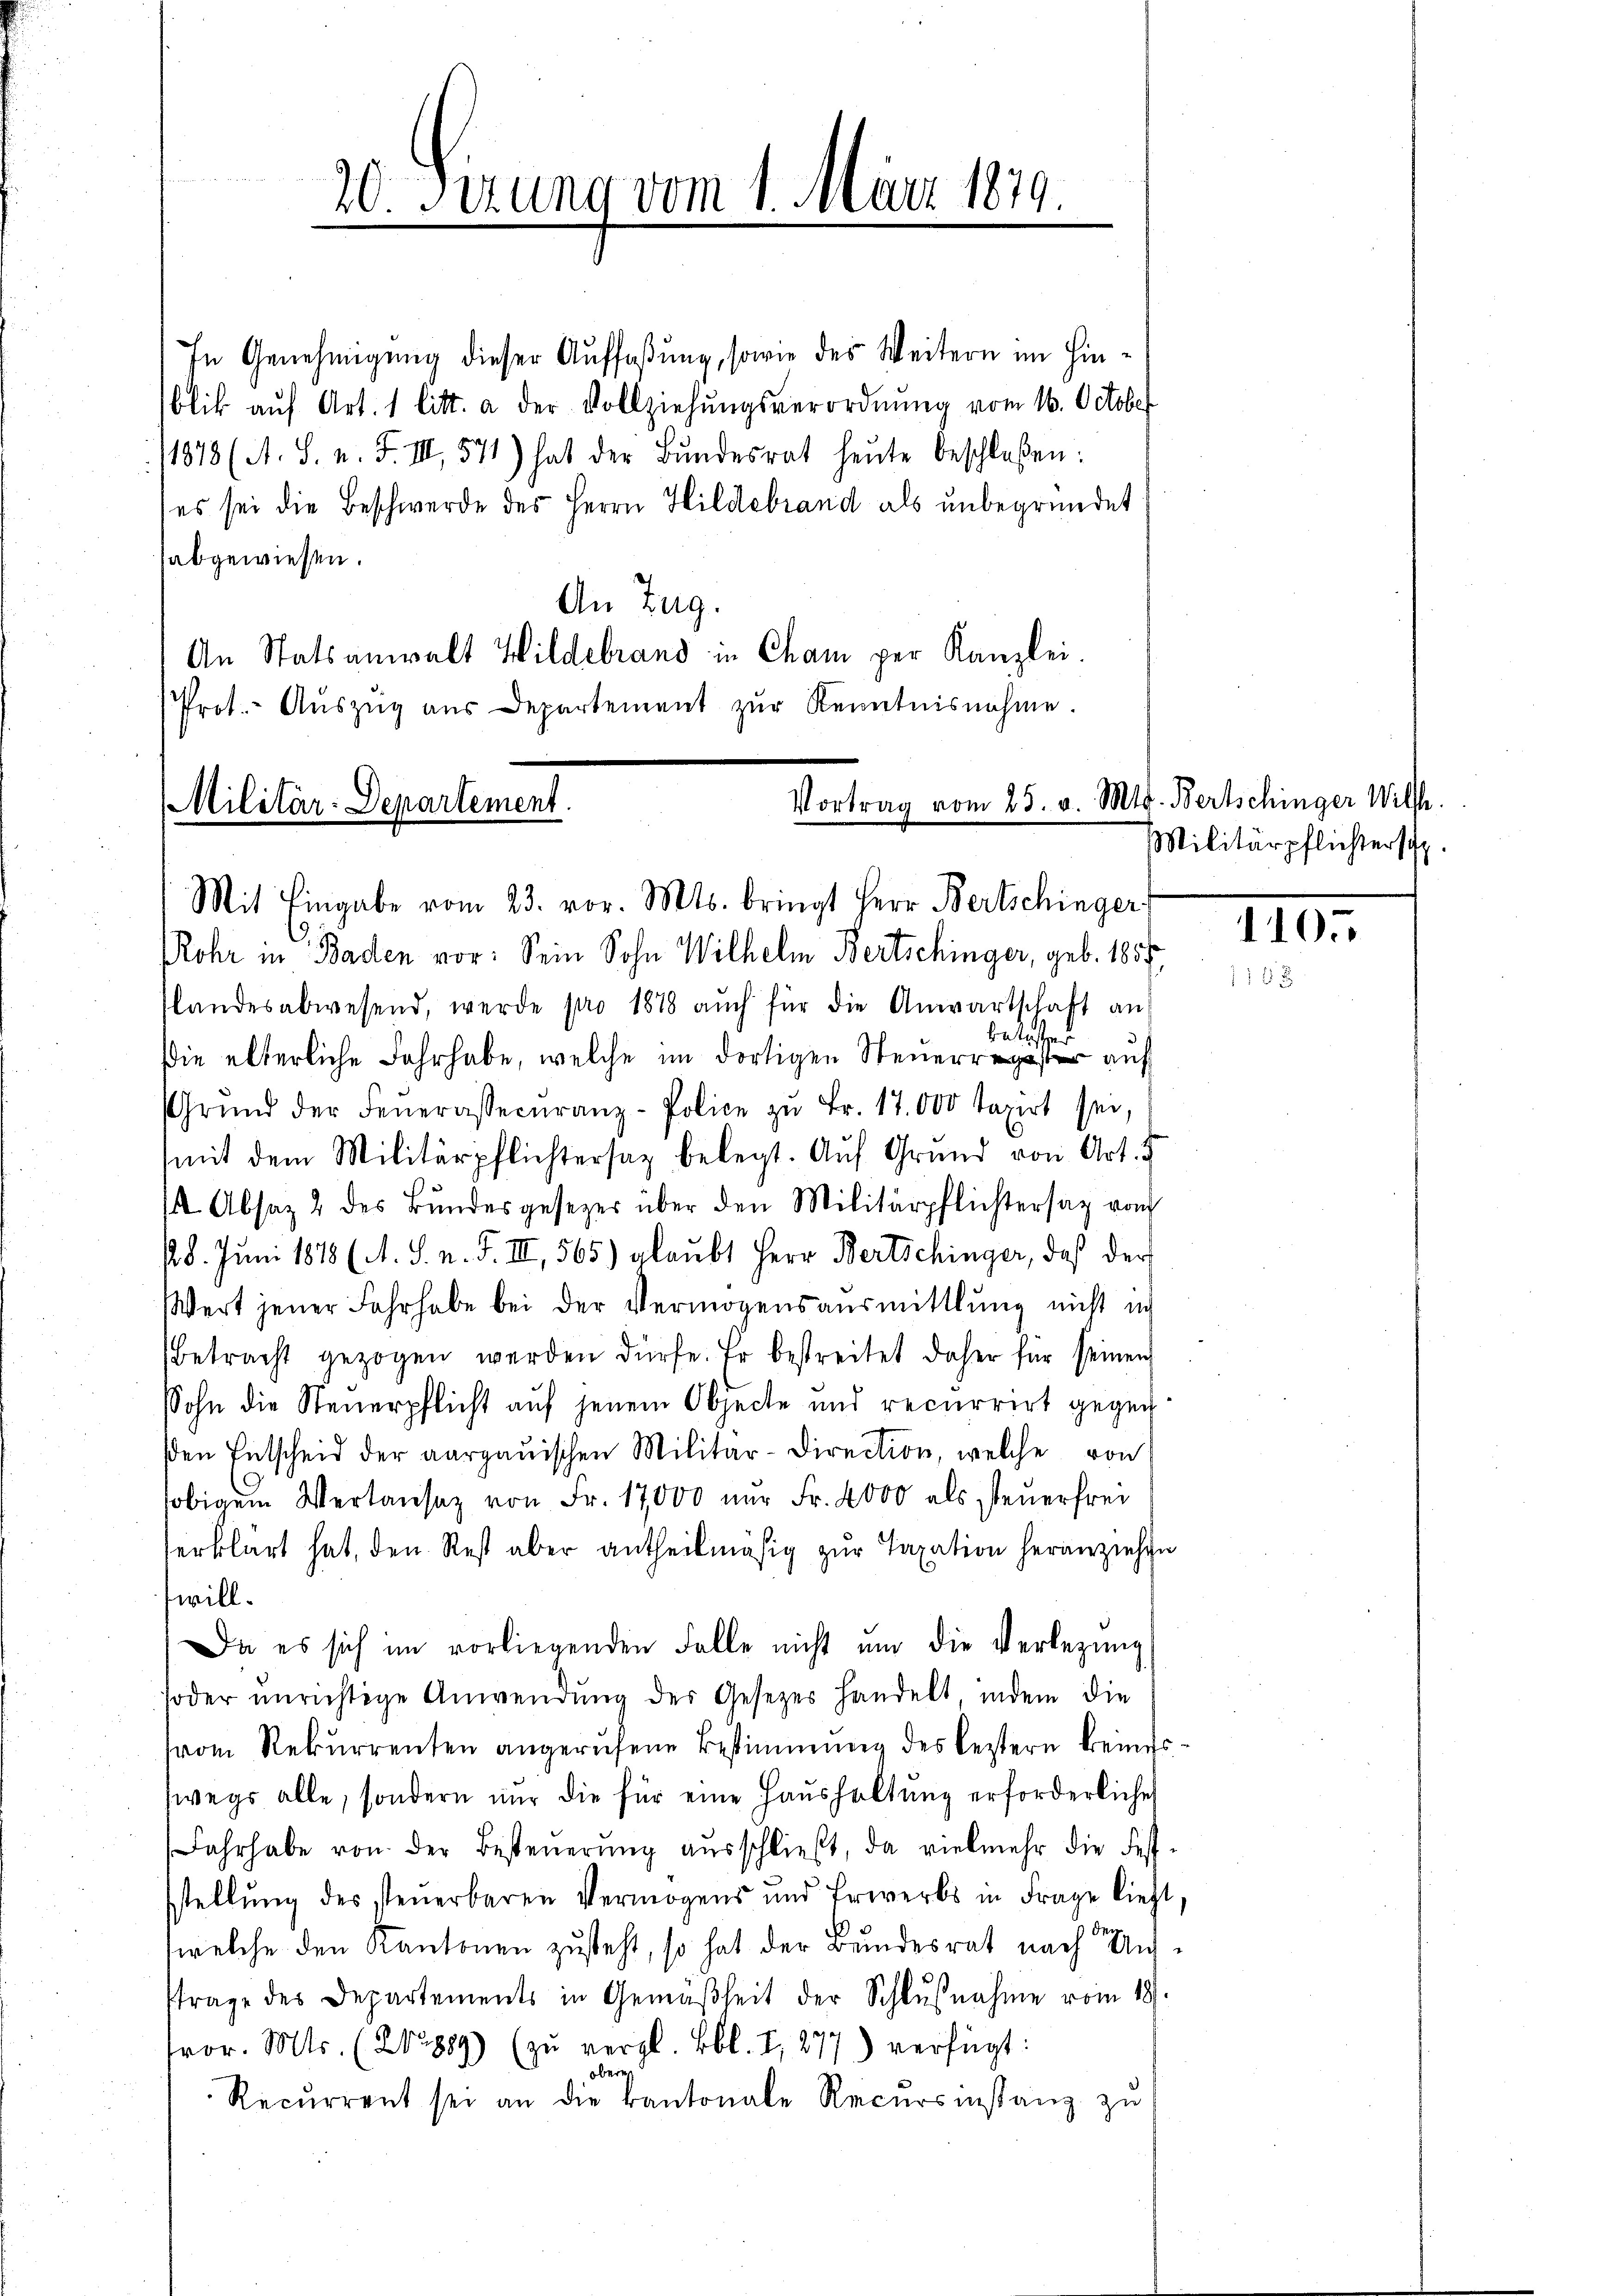
In Genehmigung dieser Auffaßung, sowie des Weitern im Hinblik auf Art. 1 litt. a der Vollziehŭngsverordnung vom 16. October
11878 (A. S. u. F. III 571) hat der Bŭndesrat heŭte beschloßen:
es sei die Beschwerde des Herrn Hildebrand als unbegründet
abgewiesen.
An Zug.
An Statsanwalt Wildebrand in Cham per Kanzlei.
Prot. - Auszug aus Departement zur Kenntnisnahme.

20. Serung vom 1. März 189

Vortrag vom 23. v. 8
Militär-Departement.
Mit Eingabe vom 23. vor. Mts. bringt Herr Bertschinger;

Rohr in Baden vor: Sein Sohn Wilhelm Bertschinger, geb. 1857.
slandesabwesend, werde pro 1878 aŭch für die Anwartschaft an
betreffend
die elterliche Fahrhabe, welche im dortigen Steuerregister auf
Grŭnd der Feŭerassecŭranz-Police zŭ Fr. 17.000 taxirt sei,
mit dem Militärpflichtersaz belegt. Auf Grund von Art. 5
1 Absaz 2 des Bŭndesgesezes über den Militärpflichtersaz vom
28. Juni 1878 (A. S. n. F. III, 565) glaubt Herr Bertschinger, daß der
Wert jener Fahrhabe bei der Vermögensausmittlung nicht in
Betracht gezogen werden dürfe. Er bestreitet daher für seinen
Sohn die Steuerpflicht auf jenem Objecte und recurrirt gegen
en Entscheid der aargauischen Militär-Direction, welche von
obigem Wertansaz von Fr. 17000 nur Fr. 4000 als steuerfrei
serklärt hat, den Rest aber antheilmäßig zur Taxation heranziehen
will.
Da es sich im vorliegenden Falle nicht ŭm die Verlegŭng
soder unrichtige Anwendŭng der Gesetzes handelt, indem die
vom Rekurrenten angerufene Bestimmung des leztern keineswegs alle, sondern nur die für eine Haushaltung erforderliche
Jahrhabe von der Besteŭerŭng ausschließt, da vielmehr die Festsstellung des steuerbaren Vermögens und Erwerbs in Frage lieft
welche den Kantonen zusteht, so hat der Bundesrat nach Antrage des Departements in Gemäßheit der Schlußnahme vom 18.
tor. Mts. (212 889) (zu vergl. Bbl. I, 277) verfügt:
obers
Recurrent sei an die kantonale Recursinstanz zŭ

lg. Bertschinger Wille.
Militärpflichtersitz.

1105.